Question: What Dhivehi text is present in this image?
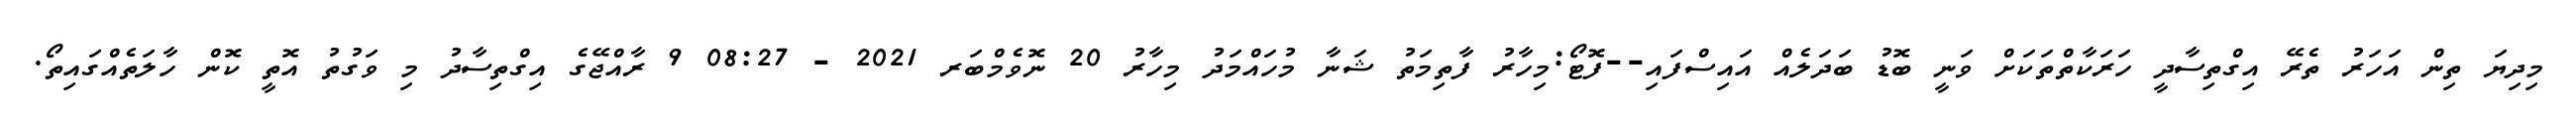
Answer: މިދިޔަ ތިން އަހަރު ތެރޭ އިގްތިސާދީ ހަރަކާތްތަކަށް ވަނީ ބޮޑު ބަދަލެއް އައިސްފައި--ފޮޓޯ:މިހާރު ފާތިމަތު ޝަނާ މުހައްމަދު މިހާރު 20 ނޮވެމްބަރ 2021 - 08:27 9 ރާއްޖޭގެ އިގްތިސާދު މި ވަގުތު އޮތީ ކޮން ހާލަތެއްގައިތޯ.